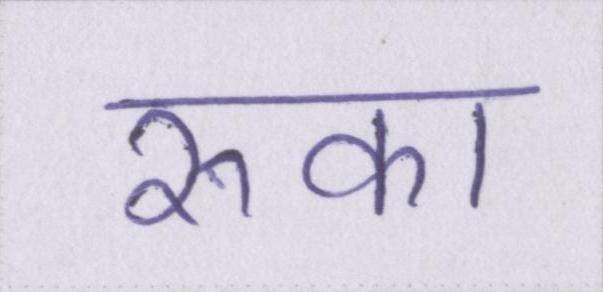
रुका